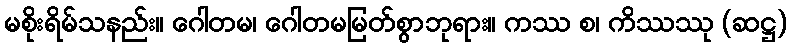
မစိုးရိမ်သနည်း။ ဂေါတမ၊ ဂေါတမမြတ်စွာဘုရား။ ကဿ စ၊ ကိဿဿု (ဆဋ္ဌ)